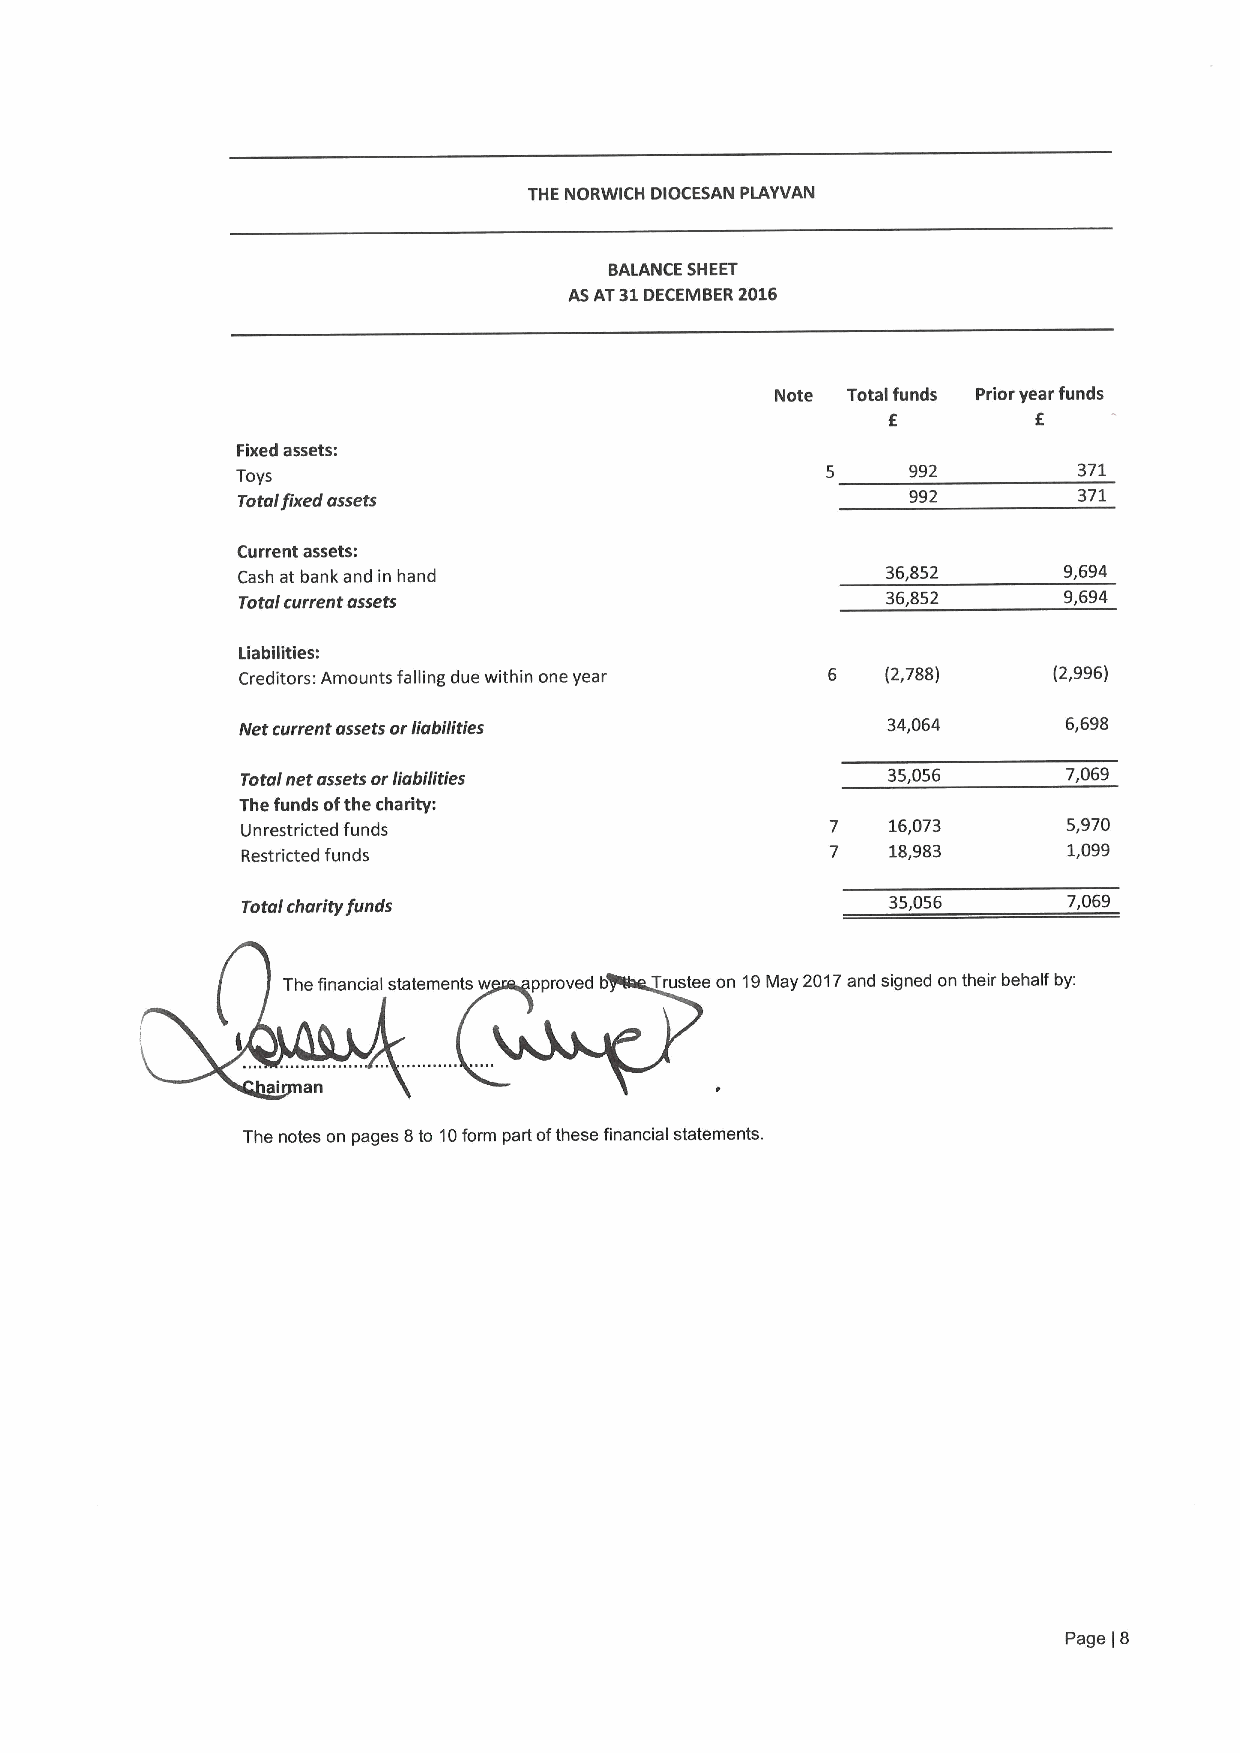
THE NORWICH DIOCESAN PLAYVAN
 BALANCE SHEET
 ASAT31DECEMBER 2016
 Note Total funds Prior year funds
 f         f
 Fixed assets:
 992        371
 Toys
 Totalfixed assets                           992        371
 Current assets:
 Cash at bank and in hand                   36,852     9,694
 Total current assets                       36,852     9,694
 Liabilities:
 Creditors: Amounts falling due within one year 6 (2,788) (2,996)
 Net current assets orliabilities           34,064      6,698
 Totol net assets orliabilities             35,056      7,069
 The funds ofthe charity:
 Unrestricted funds                     7   16,073      5,970
 Restricted funds                       7   18,983      1,099
 Total charity funds                        35,056      7,069
 The financial statements w pproved b Trustee on 19May 2017and signed on their behalf by:
 ai an
 The notes on pages 8to 10form part ofthese financial statements.
 Page[8